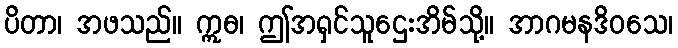
ပိတာ၊ အဖသည်။ ဣဓ၊ ဤအရှင်သူဌေးအိမ်သို့။ အာဂမနဒိဝသေ၊